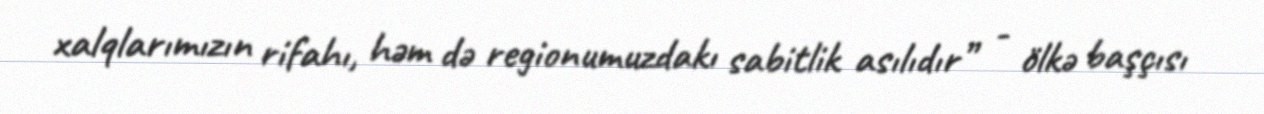
xalqlarımızın rifahı, həm də regionumuzdakı sabitlik asılıdır” - ölkə başçısı